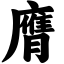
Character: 膺